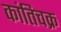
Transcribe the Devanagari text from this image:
कांतिचक्र